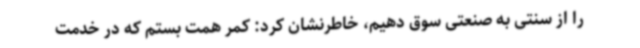
را از سنتی به صنعتی سوق دهیم، خاطرنشان کرد: کمر همت بستم که در خدمت